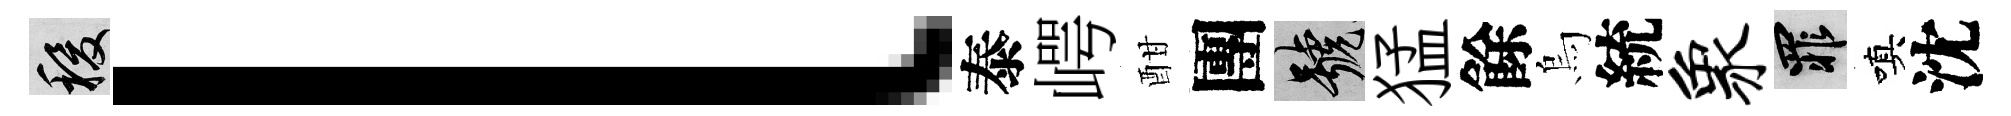
稷l泰崿酣團號猛餘烏統象罪嗔沈